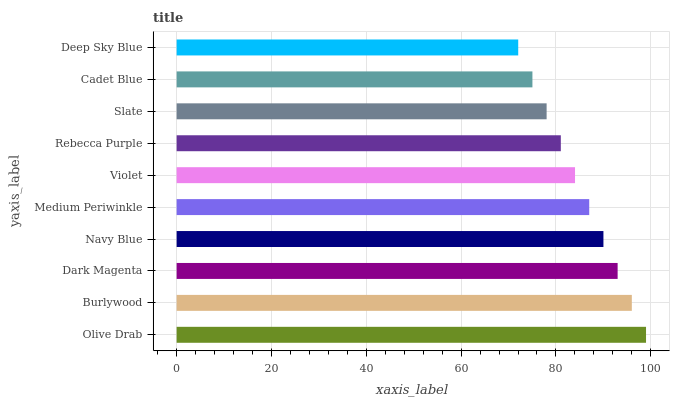
| yaxis_label | bars |
 | --- | --- |
 | Olive Drab | 99 |
 | Burlywood | 96 |
 | Dark Magenta | 93 |
 | Navy Blue | 90 |
 | Medium Periwinkle | 87 |
 | Violet | 84 |
 | Rebecca Purple | 81 |
 | Slate | 78 |
 | Cadet Blue | 75 |
 | Deep Sky Blue | 72 |